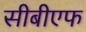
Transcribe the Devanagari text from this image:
सीबीएफ